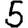
Digit: 5